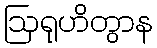
ဩရုဟိတွာန